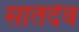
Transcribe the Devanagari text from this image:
सातदेव